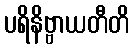
ပရိနိဗ္ဗာယတီတိ